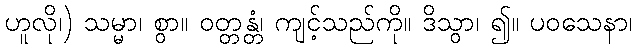
ဟူလို၊) သမ္မာ၊ စွာ။ ဝတ္တန္တံ၊ ကျင့်သည်ကို။ ဒိသွာ၊ ၍။ ပဝသေနာ၊